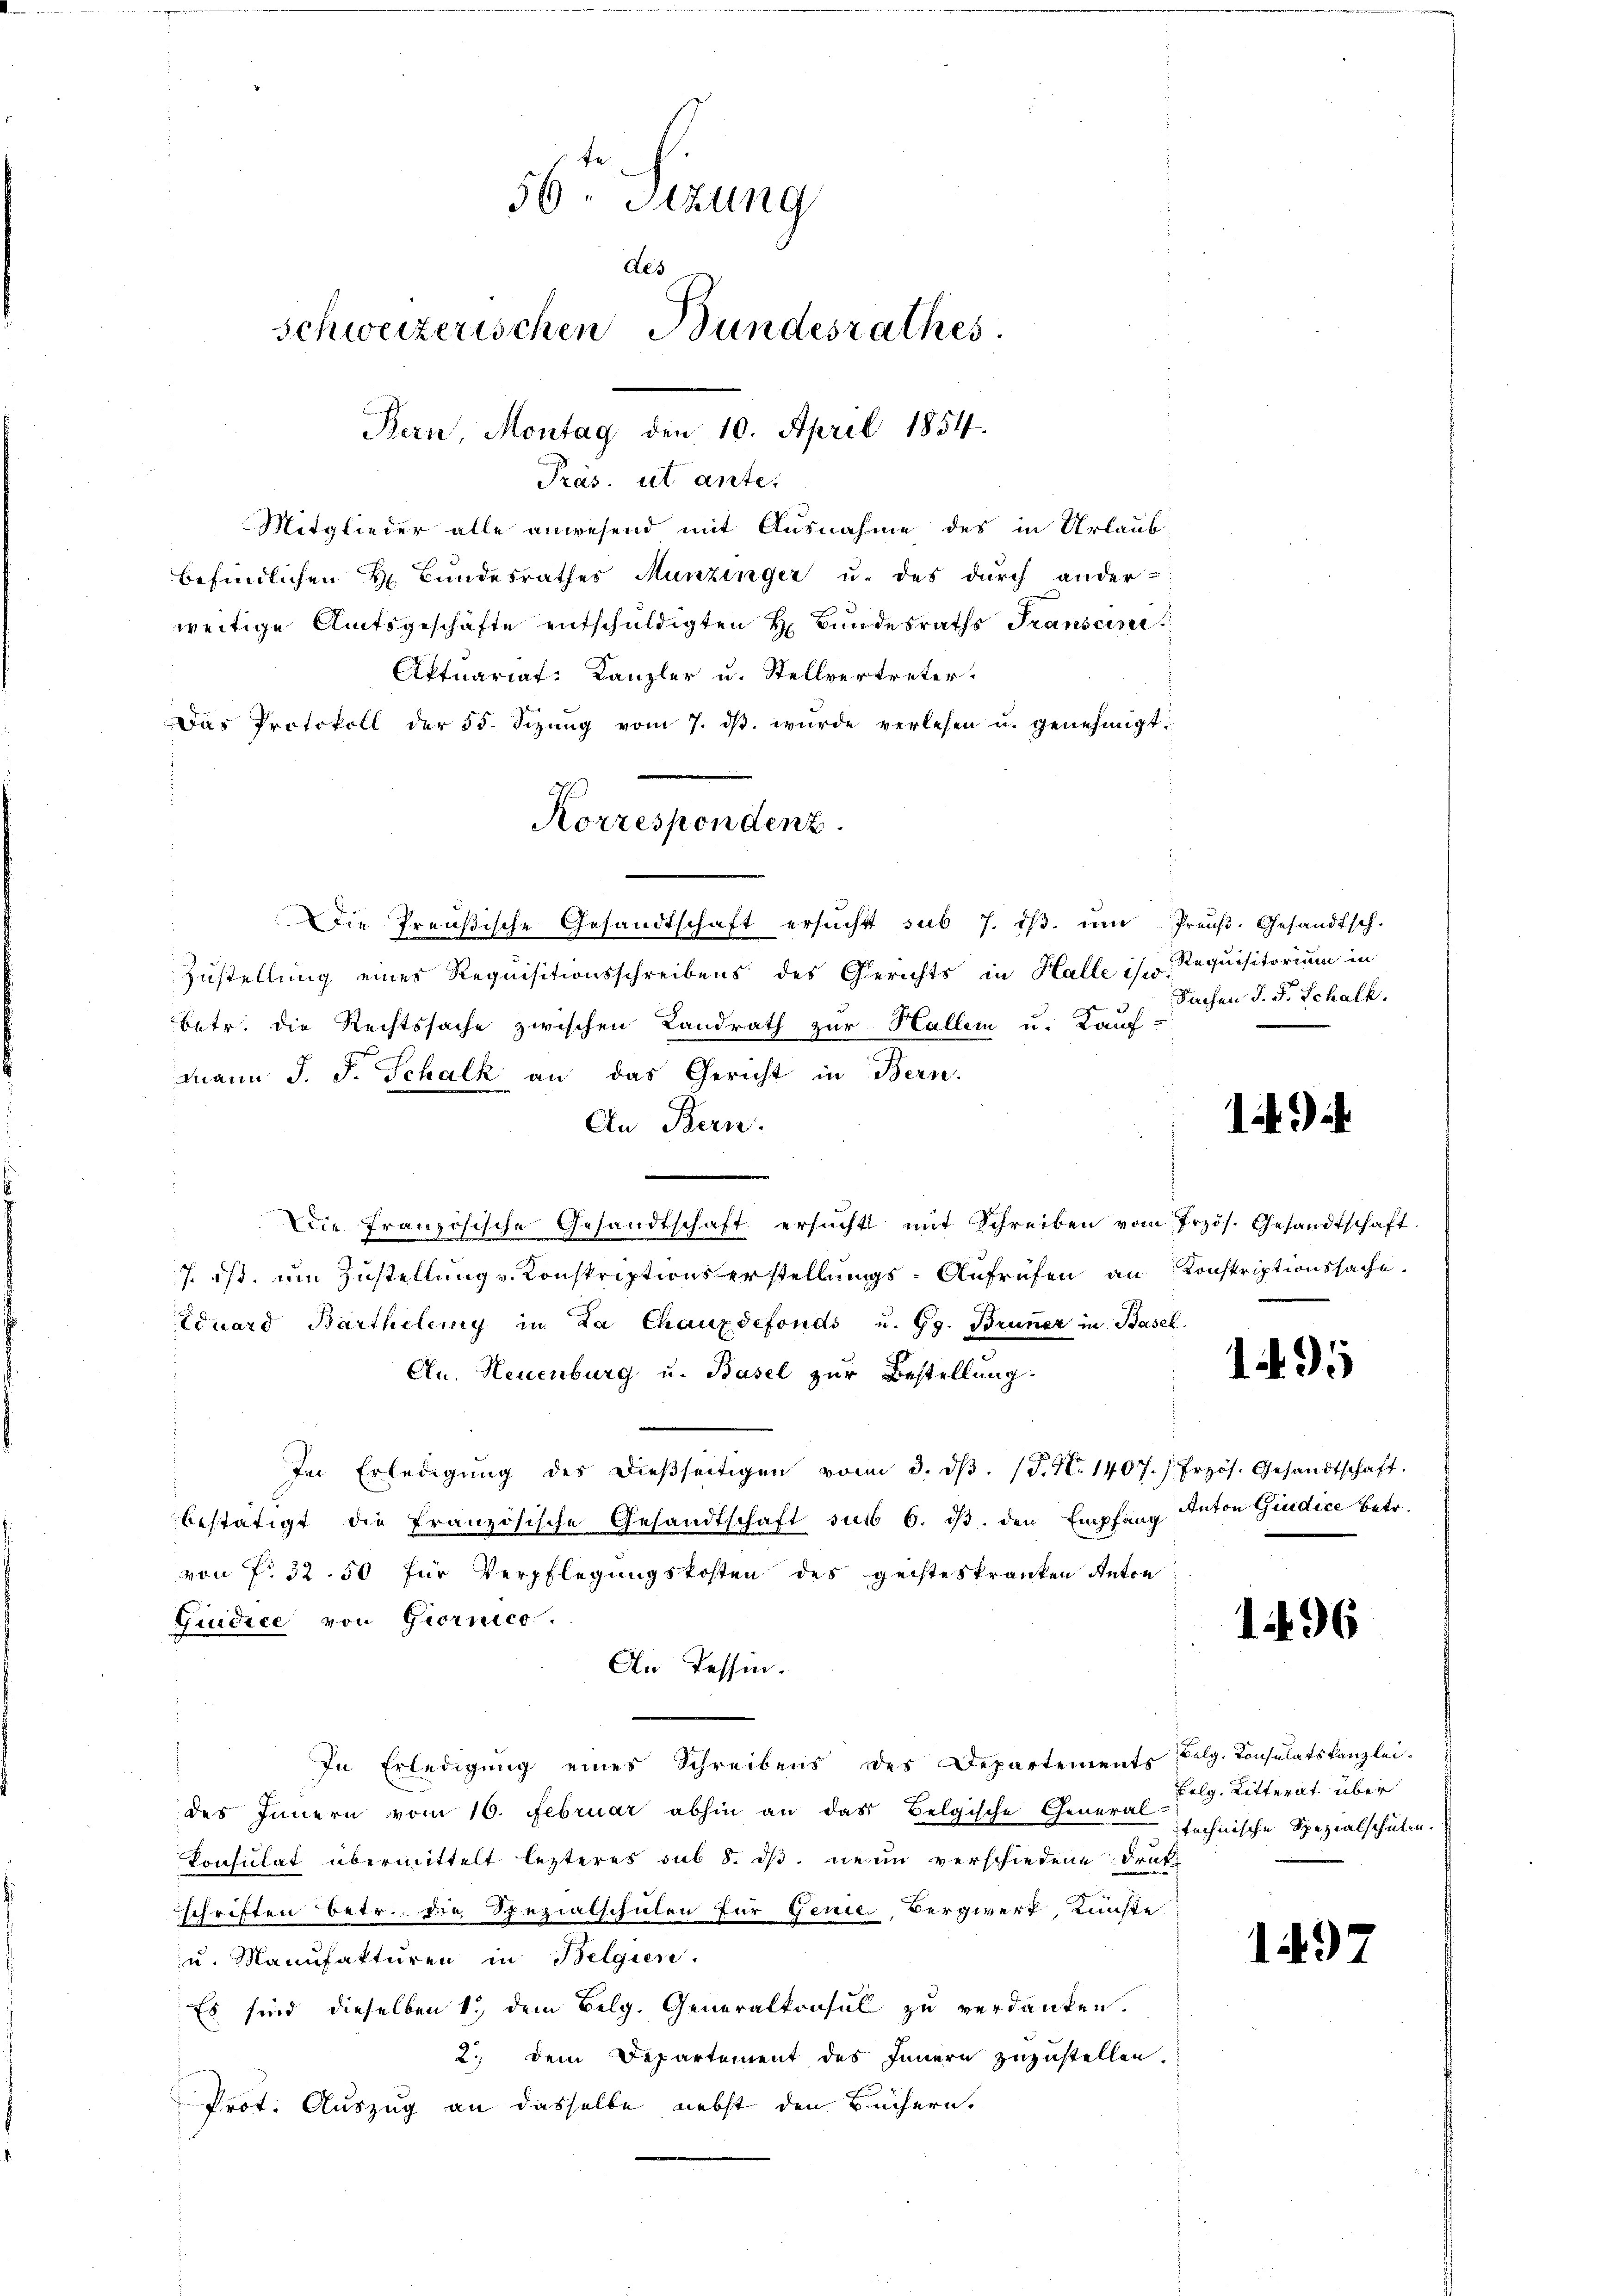
56 Sizung
des
schweizerischen Bundesrathes
Bern, Montag den 10. April 1854.

Präs. ut ante.
Mitglieder alle anwesend mit Ausnahme des in Urlaub-
befindlichen Hr. Bundesrathes Munzinger u. des durch ander-
weitige Amtsgeschäfte entschuldigten H. Bundesraths Transcini¬
Aktuariat. Kanzler u. Stellvertreter.
Das Protokoll der 55. Sizŭng vom 7. dβ. wurde verlesen u. genehmigt.
Die Preußische Gesandtschaft ersŭcht sub 7. dβ. ŭm Preŭβ- Gesandtsch.
Zustellung eines Requisitionsschreibens des Gerichts in Halle ist Requisitorium in
betr. die Rechtssache zwischen Landrath zur Hallen u. Kauf
Mann J. J. Schalk an das Gericht in Bern.
An Bern.
.
Die französische Gesandtschaft ersŭcht mit Schreiben vom Przös. Gesandtschaft.
7 ist, um Zustellung v. Konskriptionserstellungs-Aufrufen an Konskriptionssache.
Eduard Bartheleny in La Chauxdefonds u. Gg. Bruner in Basel
Au. Neuenburg u. Basel zur Bestellung.
In Erledigŭng des dießseitigen vom 3. dβ. (T. No 1407. s. frzös. Gesandtschaft.
bestätigt die Französische Gesandtschaft sub 6. dβ. den Empfang Anton Giudice betr.
von No 32. 50 für Verpflegungskosten des geisteskranken Anton
Giudice von Giornico.
An Tessin.
In Erledigung eines Schreibens des Departements Belg. Konsulatskanzlei.
des Innern vom 16. Februar abhin an das Belgische General
Konsulat übermittelt lezteres sub 8. dβ. neun verschiedene Druk-
schriften betr. die Spezialschulen für Genie, Bergwerk, Künste
u. Manufakturen in Belgien.
Es sind dieselben 1. dem Belg. Generalkonsul zu verdanken.
2.) Dem Departement des Innern zuzustellen.
Prot. Auszug an dasselbe nebst den Büchern.

Korrespondenz.

Sachen J. F. Schalk.

i

195

196

Belg. Litterat über
technische Spezialschulen.

1497